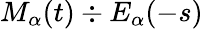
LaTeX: M_{\alpha}(t)\div E_{\alpha}(-s)